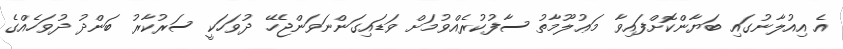
އެ އިއުލާނުގައި ބަޔާންކޮށްފައިވާ މަޢުލޫމާތު ސާފުކުރެއްވުމަށް ވަޑައިގަންނަވަންޖެހޭ ދުވަހަކީ ސަރުކާރު ބަންދު ދުވަހެއްގެ